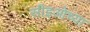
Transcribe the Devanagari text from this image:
सीइओच्या